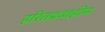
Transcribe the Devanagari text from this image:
हरितद्रव्यहीन